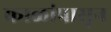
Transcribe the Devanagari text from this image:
काळांपासून